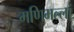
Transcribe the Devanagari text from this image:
मणिमल्लां